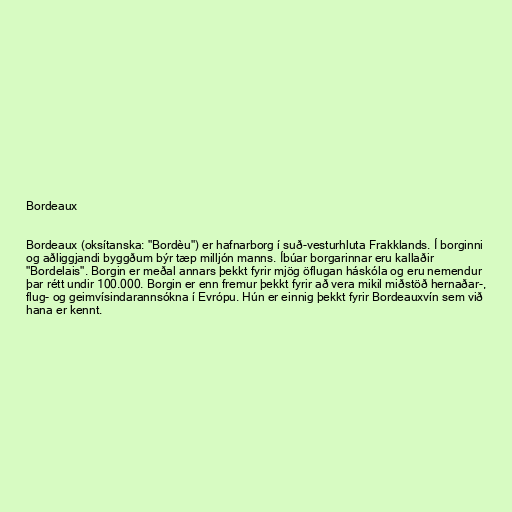
Bordeaux

Bordeaux (oksítanska: "Bordèu") er hafnarborg í suð-vesturhluta Frakklands. Í borginni
og aðliggjandi byggðum býr tæp milljón manns. Íbúar borgarinnar eru kallaðir
"Bordelais". Borgin er meðal annars þekkt fyrir mjög öflugan háskóla og eru nemendur
þar rétt undir 100.000. Borgin er enn fremur þekkt fyrir að vera mikil miðstöð hernaðar-,
flug- og geimvísindarannsókna í Evrópu. Hún er einnig þekkt fyrir Bordeauxvín sem við
hana er kennt.